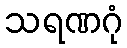
သရဏဂုံ